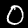
Label: 0